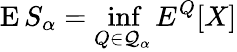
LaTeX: \operatorname{E}S_{\alpha}=\operatorname*{inf}_{Q\in{\mathcal{Q}}_{\alpha}}E^{Q}[X]